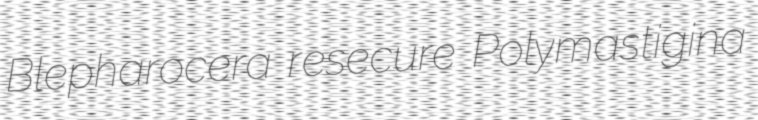
Blepharocera resecure Polymastigina